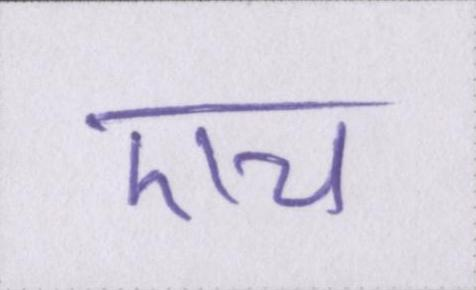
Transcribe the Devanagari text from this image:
एच